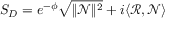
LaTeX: S _ { D } = e ^ { - \phi } \sqrt { \| \mathcal { N } \| ^ { 2 } } + i \langle \mathcal { R } , \mathcal { N } \rangle